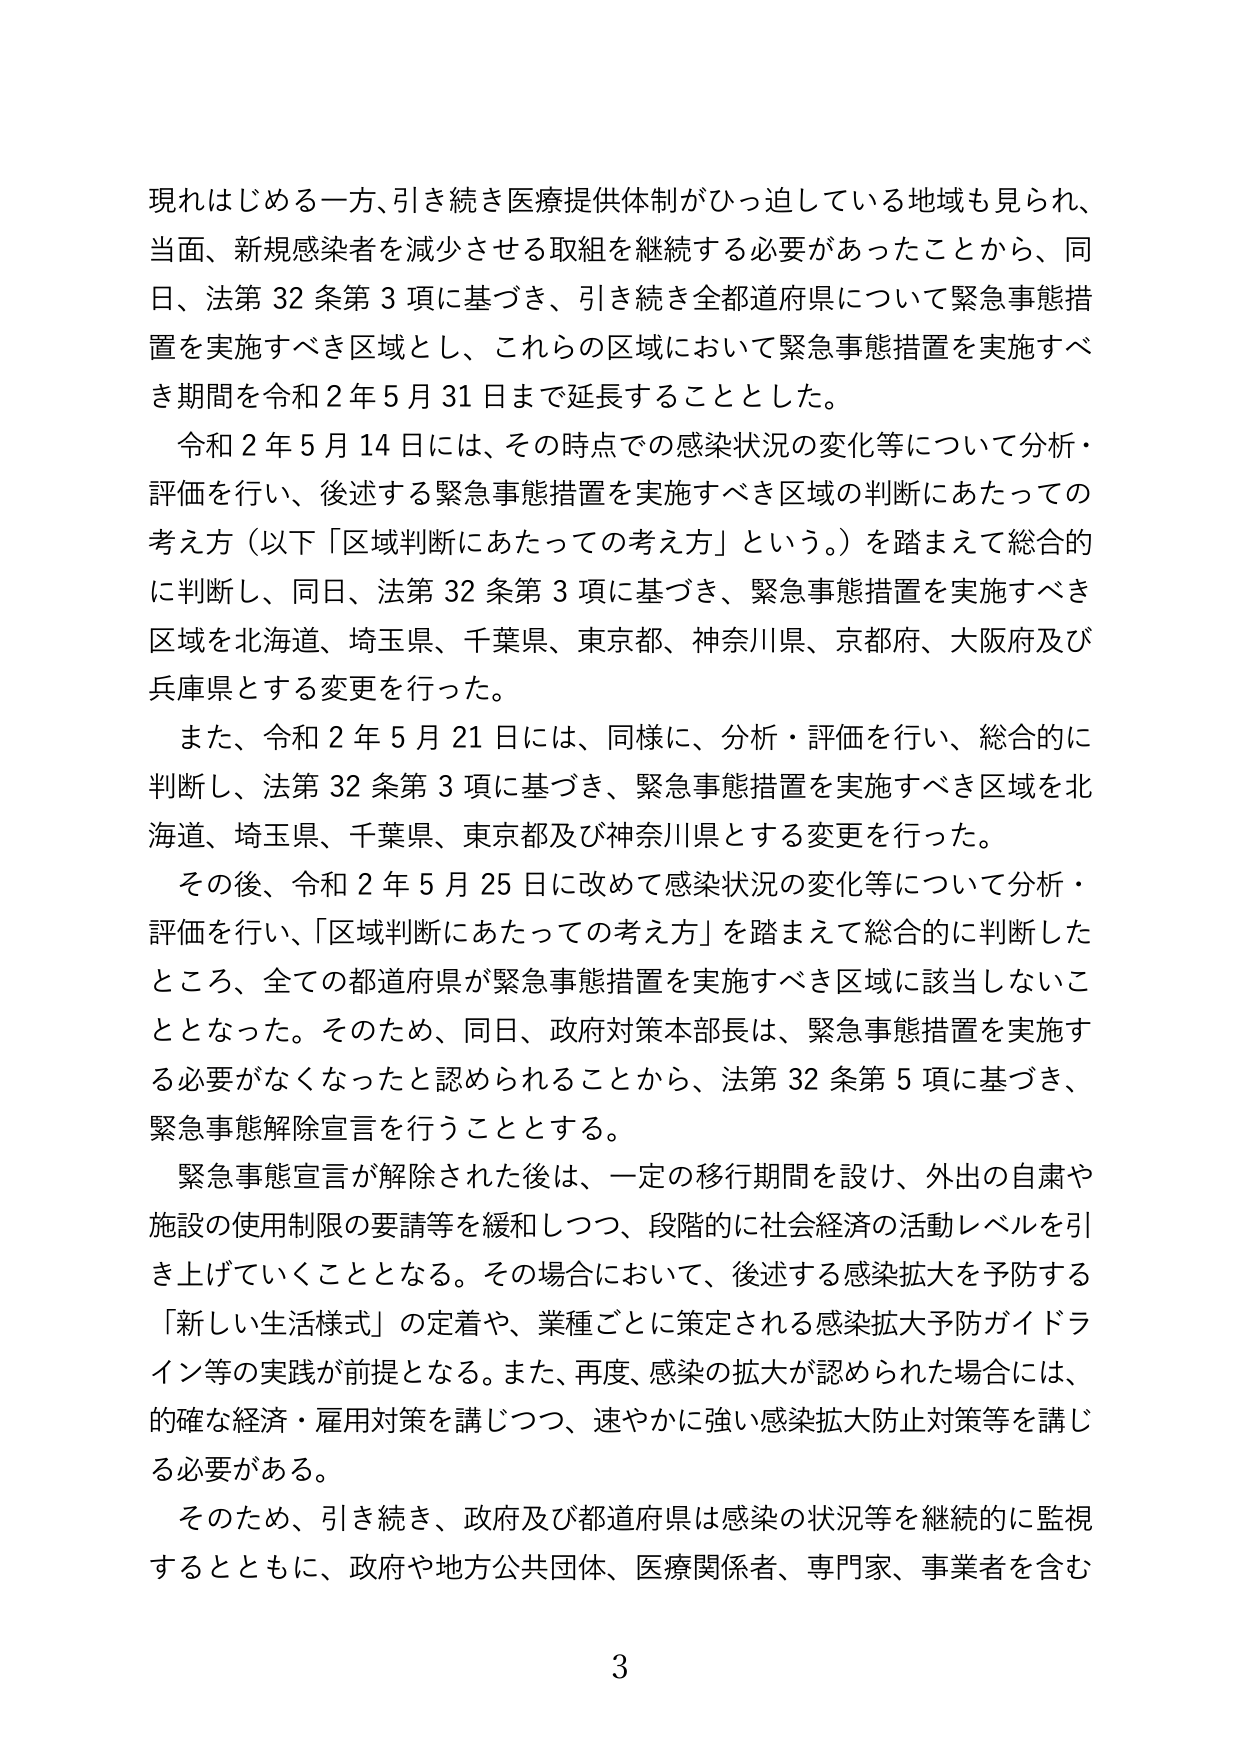
現れはじめる一方、引き続き医療提供体制がひっ迫している地域も見られ、
当面、新規感染者を減少させる取組を継続する必要があったことから、同日、法第32条第3項に基づき、引き続き全都道府県について緊急事態措置を実施すべき区域とし、これらの区域において緊急事態措置を実施すべき期間を令和2年5月31日まで延長することとした。

令和2年5月14日には、その時点での感染状況の変化等について分析・評価を行い、後述する緊急事態措置を実施すべき区域の判断にあたっての考え方（以下「区域判断にあたっての考え方」という。）を踏まえて総合的に判断し、同日、法第32条第3項に基づき、緊急事態措置を実施すべき区域を北海道、埼玉県、千葉県、東京都、神奈川県、京都府、大阪府及び兵庫県とする変更を行った。

また、令和2年5月21日には、同様に、分析・評価を行い、総合的に判断し、法第32条第3項に基づき、緊急事態措置を実施すべき区域を北海道、埼玉県、千葉県、東京都及び神奈川県とする変更を行った。

その後、令和2年5月25日に改めて感染状況の変化等について分析・評価を行い、「区域判断にあたっての考え方」を踏まえて総合的に判断したところ、全ての都道府県が緊急事態措置を実施すべき区域に該当しないこととなった。そのため、同日、政府対策本部長は、緊急事態措置を実施する必要がなくなったと認められることから、法第32条第5項に基づき、緊急事態解除宣言を行うこととする。

緊急事態宣言が解除された後は、一定の移行期間を設け、外出の自粛や施設の使用制限の要請等を緩和しつつ、段階的に社会経済の活動レベルを引き上げていくこととなる。その場合において、後述する感染拡大を予防する「新しい生活様式」の定着や、業種ごとに策定される感染拡大予防ガイドライン等の実践が前提となる。また、再度、感染の拡大が認められた場合には、的確な経済・雇用対策を講じつつ、速やかに強い感染拡大防止対策等を講じる必要がある。

そのため、引き続き、政府及び都道府県は感染の状況等を継続的に監視するとともに、政府や地方公共団体、医療関係者、専門家、事業者を含む

3